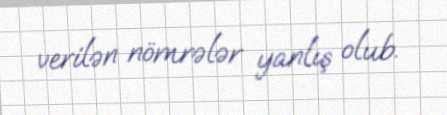
verilən nömrələr yanlış olub.